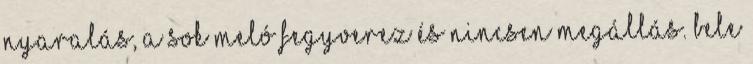
nyaralás, a sok meló fegyverez és nincsen megállás. Bele